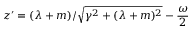
z ^ { \prime } = ( \lambda + m ) / \sqrt { \gamma ^ { 2 } + ( \lambda + m ) ^ { 2 } } - \frac { \omega } { 2 }